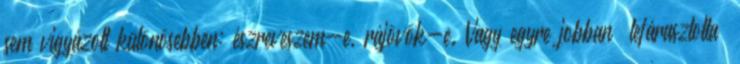
sem vigyá­zott különösebben: észreveszem-e, rájövök-e. Vagy egyre jobban „le­fárasztotta”